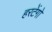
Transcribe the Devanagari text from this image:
हरटेंगो